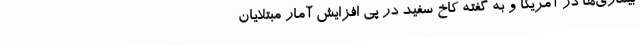
بیماری‌ها در آمریکا و به گفته کاخ سفید در پی افزایش آمار مبتلایان